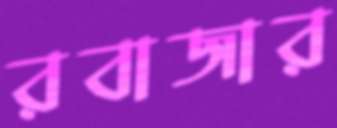
রবাজার